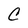
Character: C